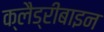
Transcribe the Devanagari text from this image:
क्लैड्रीबाइन